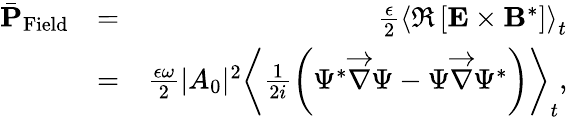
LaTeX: \begin{array}{rlr}{\bar{\mathbf P}_{\mathrm{Field}}}&{=}&{\frac{\epsilon}{2}\left\langle\Re\left[{\mathbf E}\times{\mathbf B}^{*}\right]\right\rangle_{t}}\\ &{=}&{\frac{\epsilon\omega}{2}|A_{0}|^{2}\left\langle\frac{1}{2i}\left(\Psi^{*}\overrightarrow{\nabla}\Psi-\Psi\overrightarrow{\nabla}\Psi^{*}\right)\right\rangle_{t},}\end{array}